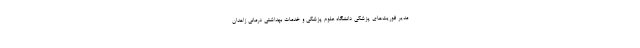
مدیر فوریت‌های پزشکی دانشگاه علوم پزشکی و خدمات بهداشتی درمانی زاهدان